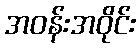
အဝန်းအဝိုင်း